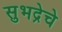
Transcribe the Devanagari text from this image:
सुभद्रेचे